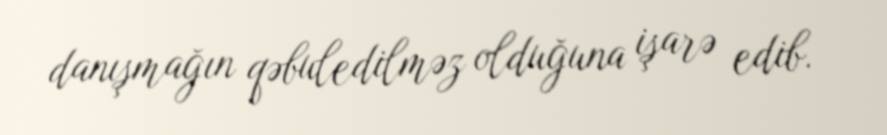
danışmağın qəbuledilməz olduğuna işarə edib.